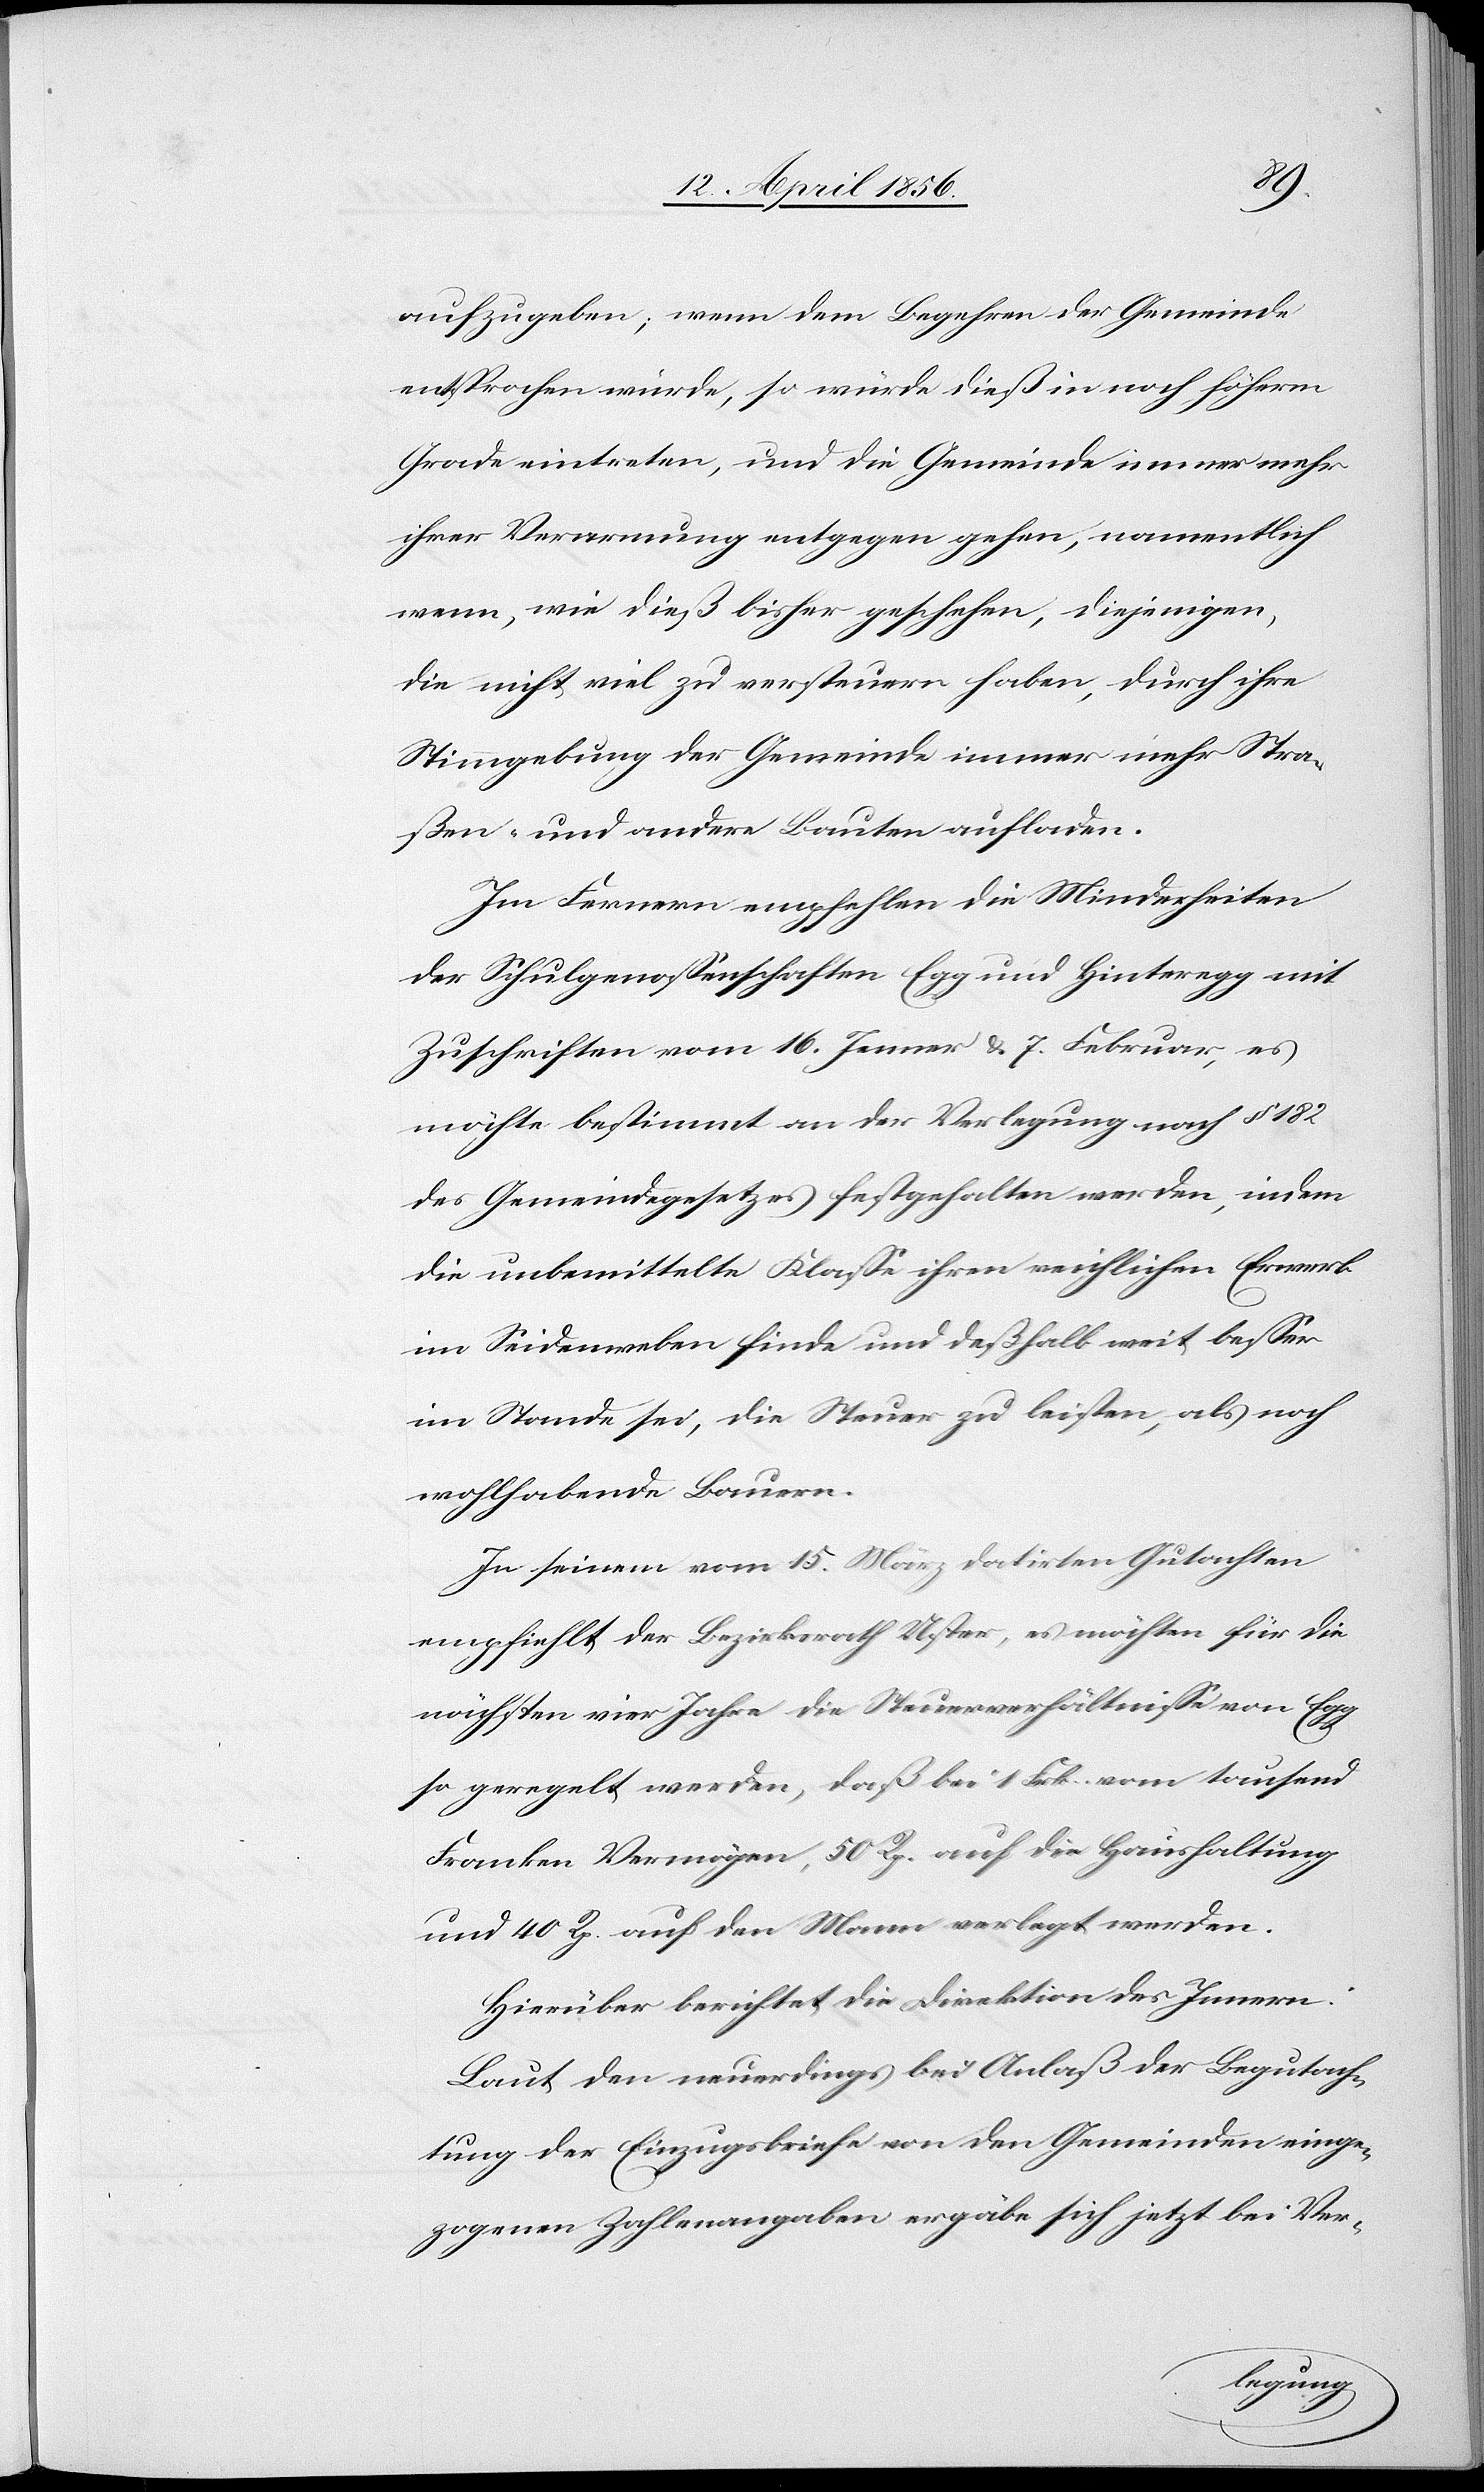
aufzugeben; wenn dem Begehren der Gemeinde
entsprochen würde, so würde dieß in noch höherm
Grade eintreten, und die Gemeinde immer mehr
ihrer Verarmung entgegen gehen, namentlich
wenn, wie dieß bisher geschehen, diejenigen,
die nicht viel zu versteuern habe, durch ihre
Stimmgebung der Gemeinde immer mehr Stra¬
ßen- und andere Bauten aufladen.
Im Fernern empfehlen die Minderheiten
der Schulgenossenschaften Egg und Hinteregg mit
Zuschriften vom 16. Jenner & 7. Februar, es
möchte bestimmt an der Verlegung nach § 182
des Gemeindegesetzes festgehalten werden, indem
die unbemittelte Klasse ihren reichlichen Erwerb
im Seidenweben finde und deßhalb weit besser
im Stande sei, die Steuer zu leisten, als noch
wohlhabende Bauern.
In seinem vom 15. März datirten Gutachten
empfiehlt der Bezirksrath Uster, es möchten für die
nächsten vier Jahre die Steuerverhältnisse von Egg
so geregelt werden, daß bei 1 Frk. vom tausend
Franken Vermögen, 50 Rp. auf die Haushaltung
und 40 Rp. auf den Mann verlegt werden.
Hierüber berichtet die Direktion des Innern:
Laut den neuerdings bei Anlaß der Begutach¬
tung der Einzugsbriefe von den Gemeinden einge¬
zogenen Zahlenangaben ergäbe sich jetzt bei Ver-